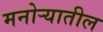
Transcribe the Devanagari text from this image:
मनोर्‍यातील